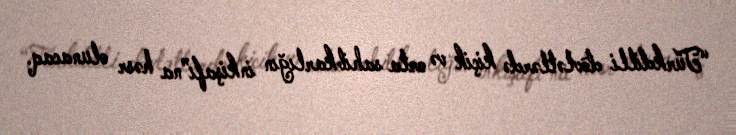
“Türkdilli dövlətlərdə kiçik və orta sahibkarlığın inkişafı”na həsr olunacaq.